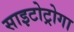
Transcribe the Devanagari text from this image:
साइटोट्रोगा